Indian journal of veterinary science and animal husbandry - Volume 4,
Year: 1934
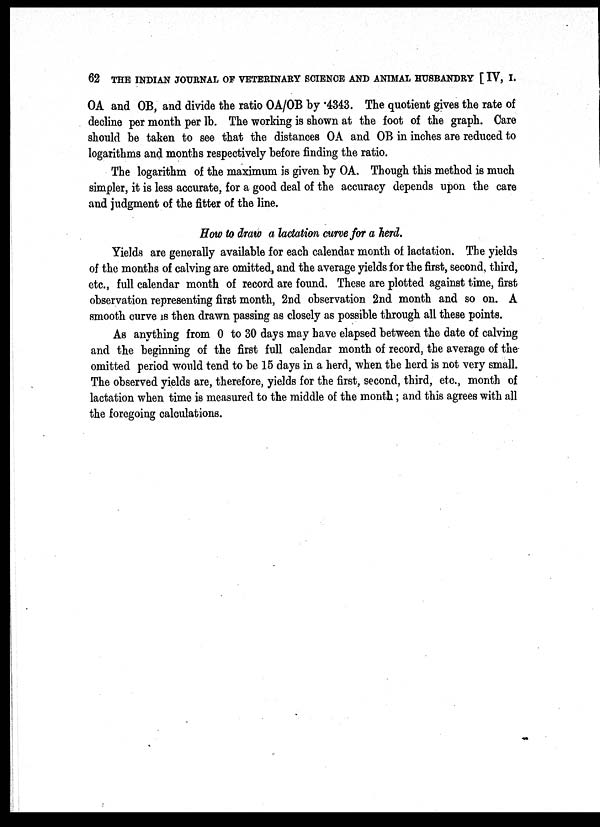
62 THE INDIAN JOURNAL OF VETERINARY SCIENCE AND ANIMAL HUSBANDRY [ IV, I.
OA and OB, and divide the ratio OA/OB by .4343. The quotient gives the rate of
decline per month per lb. The working is shown at the foot of the graph. Care
should be taken to see that the distances OA and OB in inches are reduced to
logarithms and months respectively before finding the ratio.
The logarithm of the maximum is given by OA. Though this method is much
simpler, it is less accurate, for a good deal of the accuracy depends upon the care
and judgment of the fitter of the line.
How to draw a lactation curve for a herd.
Yields are generally available for each calendar month of lactation. The yields
of the months of calving are omitted, and the average yields for the first, second, third,
etc., full calendar month of record are found. These are plotted against time, first
observation representing first month, 2nd observation 2nd month and so on. A
smooth curve is then drawn passing as closely as possible through all these points.
As anything from 0 to 30 days may have elapsed between the date of calving
and the beginning of the first full calendar month of record, the average of the
omitted period would tend to be 15 days in a herd, when the herd is not very small.
The observed yields are, therefore, yields for the first, second, third, etc., month of
lactation when time is measured to the middle of the month; and this agrees with all
the foregoing calculations.